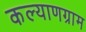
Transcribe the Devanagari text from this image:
कल्याणग्राम